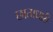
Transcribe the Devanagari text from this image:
छाताधारी